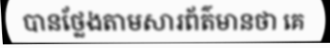
បានថ្លែងតាមសារព័ត៌មានថា គេ